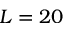
L = 2 0